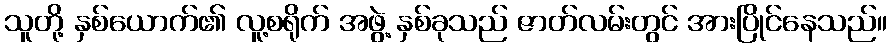
သူတို့ နှစ်ယောက်၏ လူ့စရိုက် အဖွဲ့ နှစ်ခုသည် ဇာတ်လမ်းတွင် အားပြိုင်နေသည်။